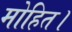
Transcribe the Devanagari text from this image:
मोहित।